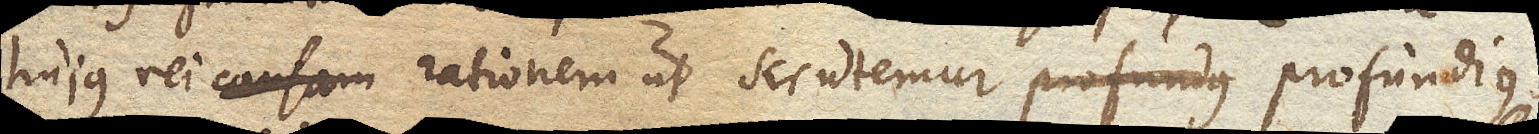
hujus rei causam rationem ut scrutemur profundius,